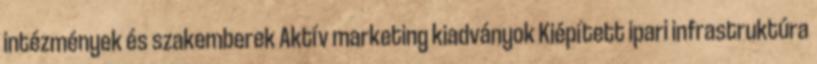
intézmények és szakemberek Aktív marketing kiadványok Kiépített ipari infrastruktúra